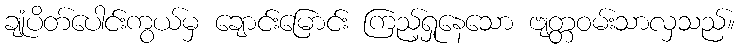
ချုံပိတ်ပေါင်းကွယ်မှ ချောင်းမြောင်း ကြည့်ရှုနေသော ဗျတ္တဝမ်းသာလှသည်။